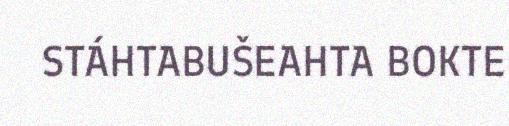
STÁHTABUŠEAHTA BOKTE